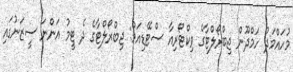
މުހައްމަދު ހަމްދޫން ޖިބްރޯލްޓާގެ ވިކްޓޯރިއާ ސްޓޭޑިއަމް: ޖިބްރޯލްޓާގެ ދެ ޓީމު އަންނަ ސީޒަނުގައި